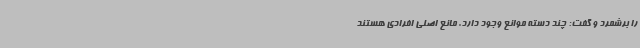
را برشمرد و گفت: چند دسته موانع وجود دارد. مانع اصلی افرادی هستند